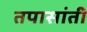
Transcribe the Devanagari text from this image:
तपासांती